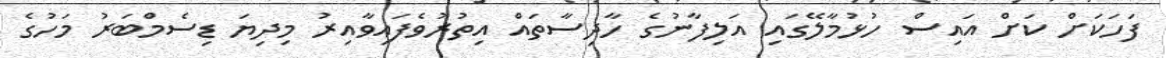
ފަހަކަށް ކަށް އައިސް ހުޅުމާލޭގައި އަލިފާނުގެ ހާދިސާތައް އިތުރުވެފައިވާއިރު މިދިޔަ ޑިސެމްބަރު މަހުގެ